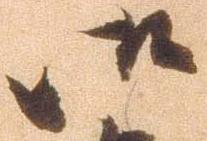
御